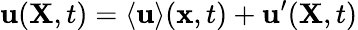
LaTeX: {\mathbf{u}}({\mathbf{X}},t)=\langle{\mathbf{u}}\rangle({\mathbf{x}},t)+{\mathbf{u}}^{\prime}({\mathbf{X}},t)